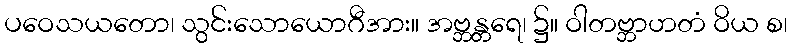
ပဝေသယတော၊ သွင်းသောယောဂီအား။ အဗ္ဘန္တရေ၊ ၌။ ဝါတဗ္ဘာဟတံ ဝိယ စ၊